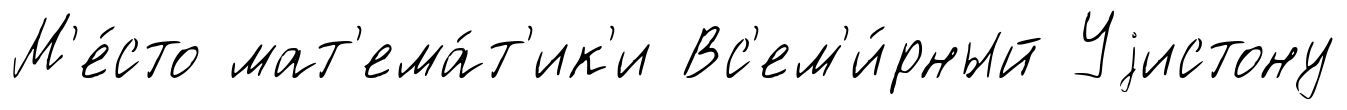
М'е́сто мат'ема́т'ик'и Вс'ем'и́рный Уjистону